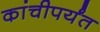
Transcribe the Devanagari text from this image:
कांचीपर्यंत